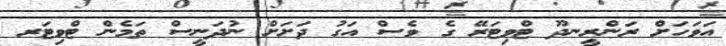
އަވަހަށް ރަންރީނދޫ ޓްވިޓަރޭ ގެ ވެސް އަގު ދަށަށް ނުދަނީސް ތަމެން ޓްވިޓަރ